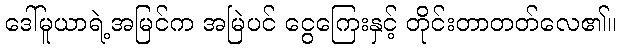
ဒေါ်မူယာရဲ့အမြင်က အမြဲပင် ငွေကြေးနှင့် တိုင်းတာတတ်လေ၏။